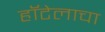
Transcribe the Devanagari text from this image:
हॉटेलाचा